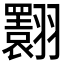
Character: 𦒬